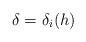
LaTeX: \begin{align*}\delta=\delta_i(h)\end{align*}